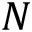
N